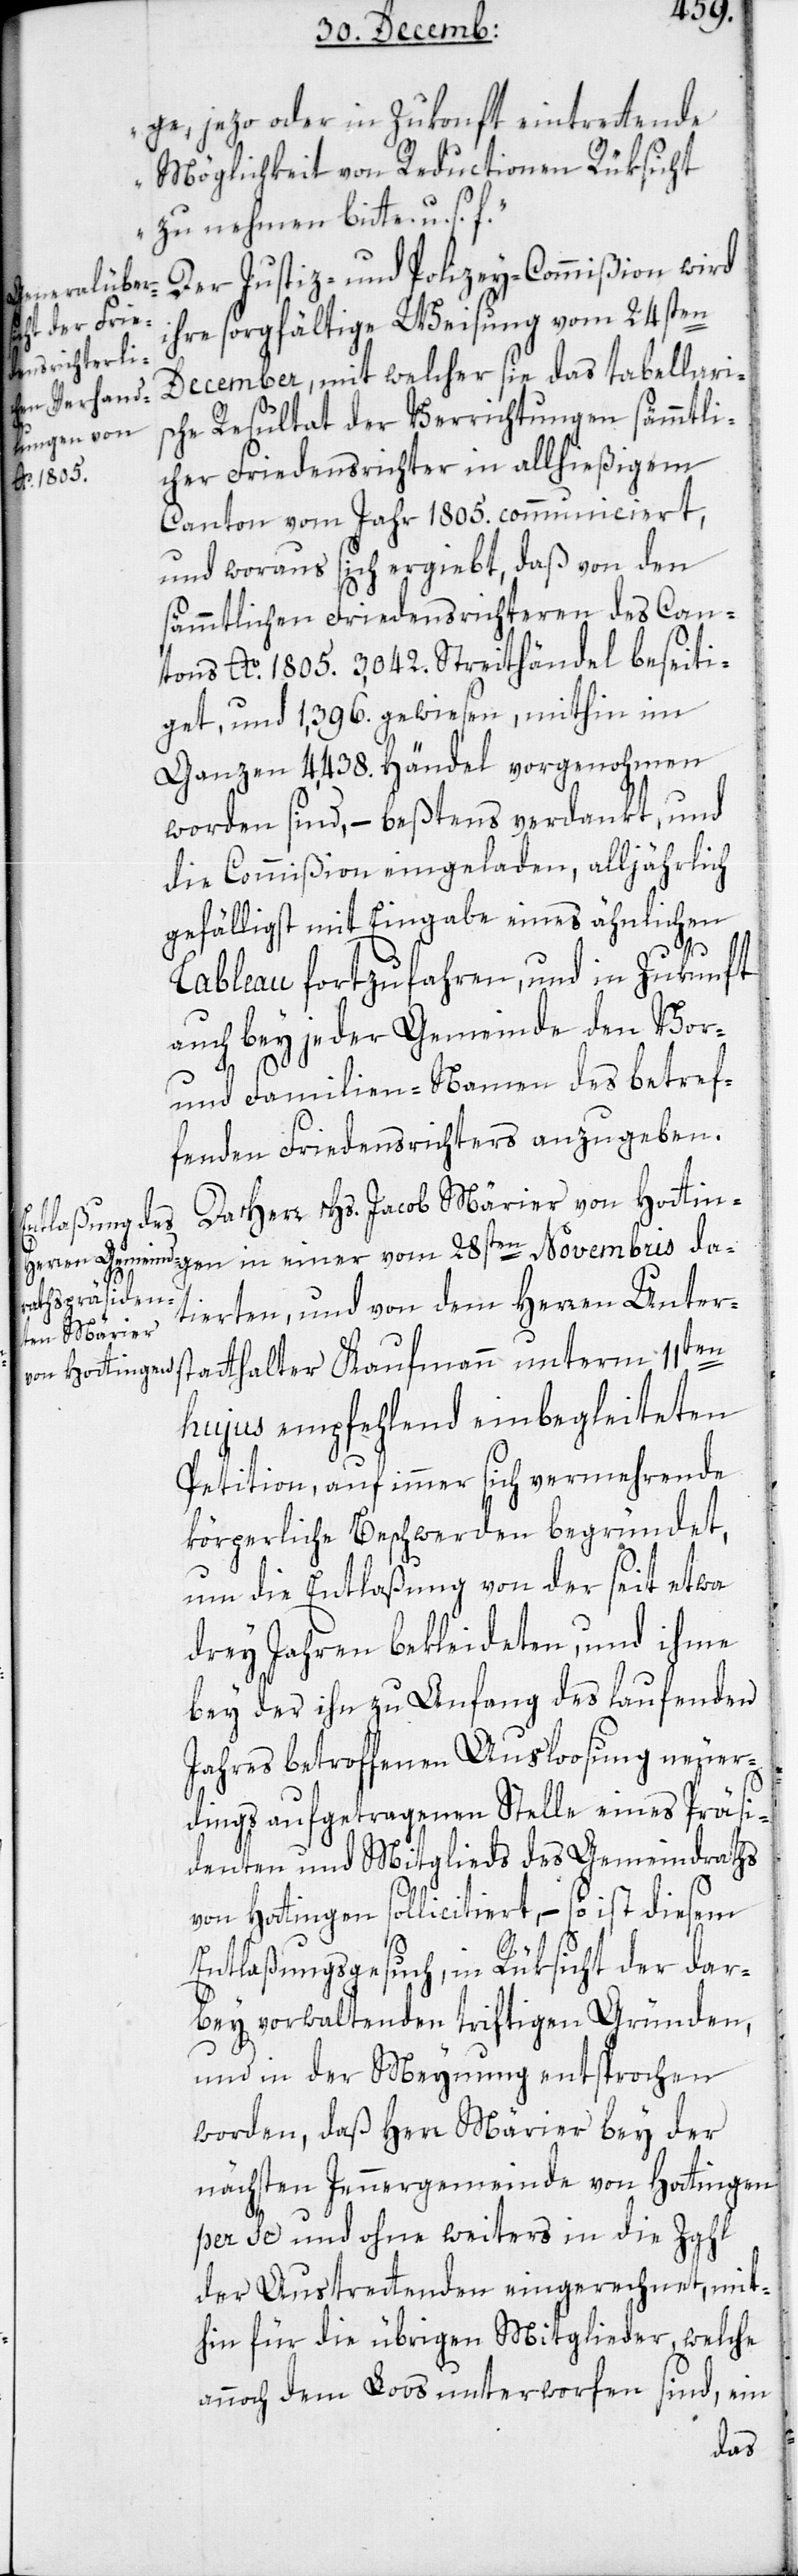
bekleideten,

ge, jezo oder in Zukonft eintretende
Möglichkeit von Reductionen Rüksicht
zu nehmen bitte u. s. f.“
Der Justiz- und Polizey-Commißion wird
ihre sorgfältige Weisung vom 24sten
December, mit welcher sie das tabellaris¬
che Resultat der Verrichtungen sämmtli¬
cher Friedensrichter in allhießigem
Canton vom Jahr 1805. communiciert,
und woraus sich ergiebt, daß von den
sämmtlichen Friedensrichteren des Can¬
tons Ao. 1805. 3042. Streithändel beseiti¬
get, und 1396. gewiesen, mithin im
Ganzen 4438 Händel vorgenohmen
worden sind, – beßtens verdankt, und
die Commißion eingeladen, alljährlich
gefälligst mit Eingabe eines ähnlichen
Tableau fortzufahren, und in Zukunft
auch bey jeder Gemeinde den Vor-
und Familien-Namen des betref¬
fenden Friedensrichters anzugeben.
Rathsherr Jacob Märier von Hottin¬
gen in einer vom 28sten Novembris da¬
tierten und von dem Herren Unter¬
en
statthalter Kaufmann unterm 11t¬
hujus empfehlend einbegleiteten
Petition, auf immer sich vermehrende
körperliche Beschwerden begründet,
um die Entlaßung von der seit etwa
bey der ihn zu Anfang des laufenden
Jahres betroffenen Ausloosung neuer¬
dings aufgetragenen Stelle eines Präsi¬
denten und Mitglieds des Gemeindraths
von Hottingen sollicitiert, – so ist diesem
Entlaßungsgesuch, in Rüksicht der dar¬
bey vorwaltenden triftigen Gründen,
und in der Meynung entsprochen
worden, daß Herr Märier bey der
nächsten Jennergemeinde von Hottingen
per se und ohne weiters in die Zahl
der Austrettenden eingerechnet, mit¬
hin für die übrigen Mitglieder, welche
annoch dem Loos unterworfen sind, ein